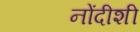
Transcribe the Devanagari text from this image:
नोंदीशी